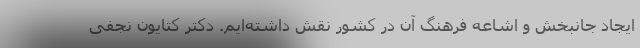
ایجاد جانبخش و اشاعه فرهنگ آن در کشور نقش داشته‌ایم. دکتر کتایون نجفی